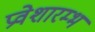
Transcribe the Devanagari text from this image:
प्रवेशारम्भ